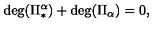
\mathrm { d e g } ( \Pi _ { * } ^ { \alpha } ) + \mathrm { d e g } ( \Pi _ { \alpha } ) = 0 ,